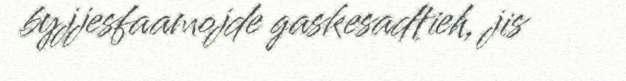
byjjesfaamojde gaskesadtieh, jis